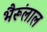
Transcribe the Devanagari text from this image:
भैरूंलाल